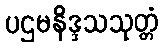
ပဌမနိဒ္ဒသသုတ္တံ